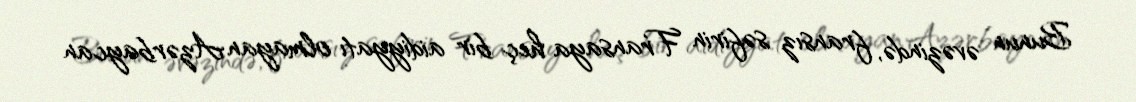
Bunun əvəzində, fransız səfirin Fransaya heç bir aidiyyatı olmayan Azərbaycan